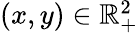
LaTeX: \textstyle(x,y)\in\mathbb{R}_{+}^{2}